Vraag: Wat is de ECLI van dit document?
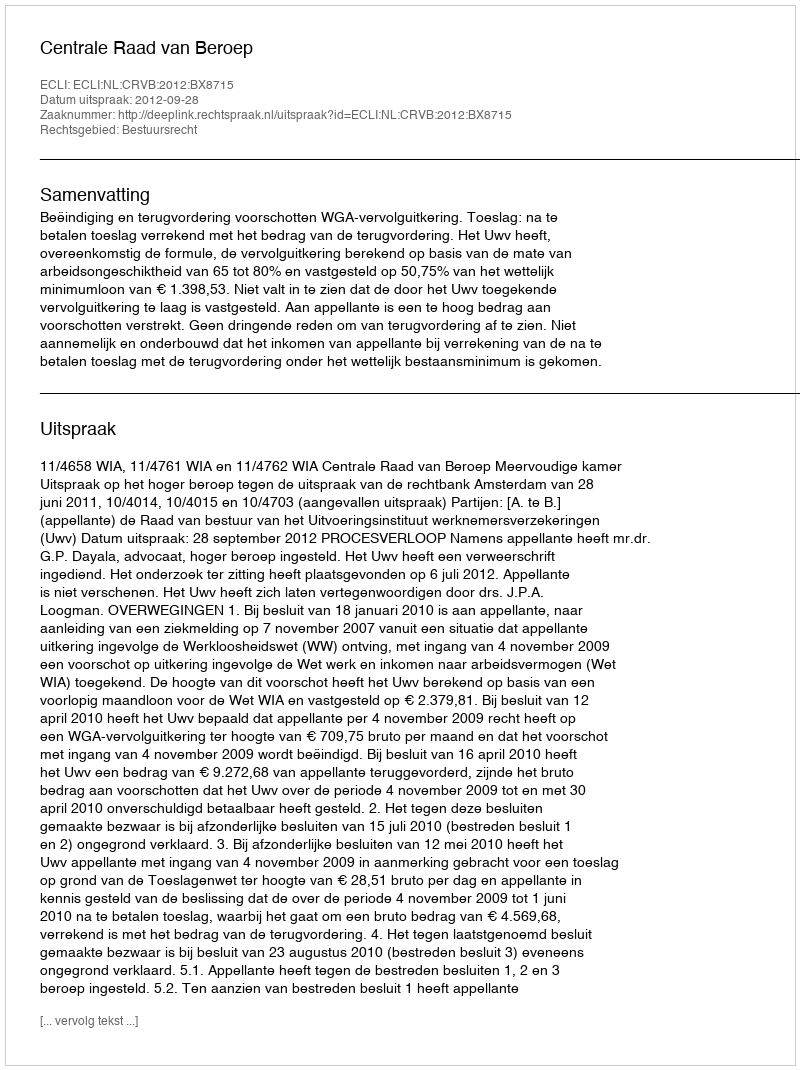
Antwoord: ECLI:NL:CRVB:2012:BX8715